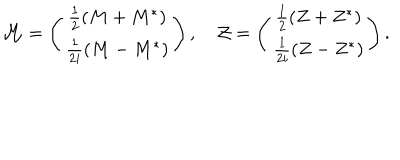
LaTeX: { \mathcal M } = \left( \begin{array} { c } { { \frac 1 2 ( M + M ^ { * } ) } } \\ { { \frac 1 { 2 i } ( M - M ^ { * } ) } } \\ \end{array} \right) , \quad { \mathcal Z } = \left( \begin{array} { c } { { \frac 1 2 ( Z + Z ^ { * } ) } } \\ { { \frac 1 { 2 i } ( Z - Z ^ { * } ) } } \\ \end{array} \right) .